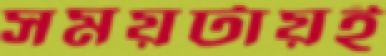
সময়টায়ই